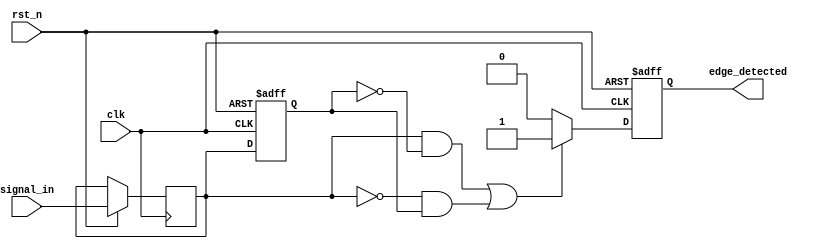
module edge_detector (
    input wire clk,               // Clock signal
    input wire rst_n,             // Active low reset signal
    input wire signal_in,         // Input digital signal
    output reg edge_detected      // Output signal indicating edge detection
);

// Memory blocks for storing previous state and current state
reg previous_state;
reg current_state;

// Edge detection logic
always @(posedge clk or negedge rst_n) begin
    if (!rst_n) begin
        // Reset condition
        previous_state <= 1'b0; // Initialize previous state to low
        edge_detected <= 1'b0;   // Initialize edge detected to low
    end else begin
        // Sample the current state
        current_state <= signal_in;

        // Edge detection logic
        if ((current_state == 1'b1 && previous_state == 1'b0) || // Rising edge
            (current_state == 1'b0 && previous_state == 1'b1)) begin // Falling edge
            edge_detected <= 1'b1; // Edge detected
        end else begin
            edge_detected <= 1'b0; // No edge detected
        end

        // Update the previous state for the next cycle
        previous_state <= current_state;
    end
end

endmodule